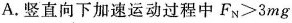
A.竖直向下加速运动过程中$$F _ { N } > 3 m g$$